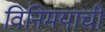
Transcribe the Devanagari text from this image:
विनिमयाची